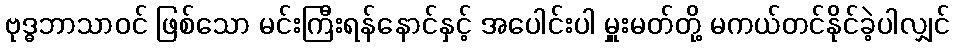
ဗုဒ္ဓဘာသာဝင် ဖြစ်သော မင်းကြီးရန်နောင်နှင့် အပေါင်းပါ မှူးမတ်တို့ မကယ်တင်နိုင်ခဲ့ပါလျှင်